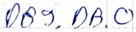
Text: DB9.DB.0